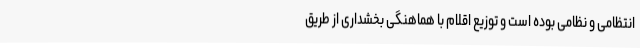
انتظامی و نظامی بوده است و توزیع اقلام با هماهنگی بخشداری از طریق